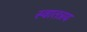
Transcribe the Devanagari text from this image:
स्वातत्रय